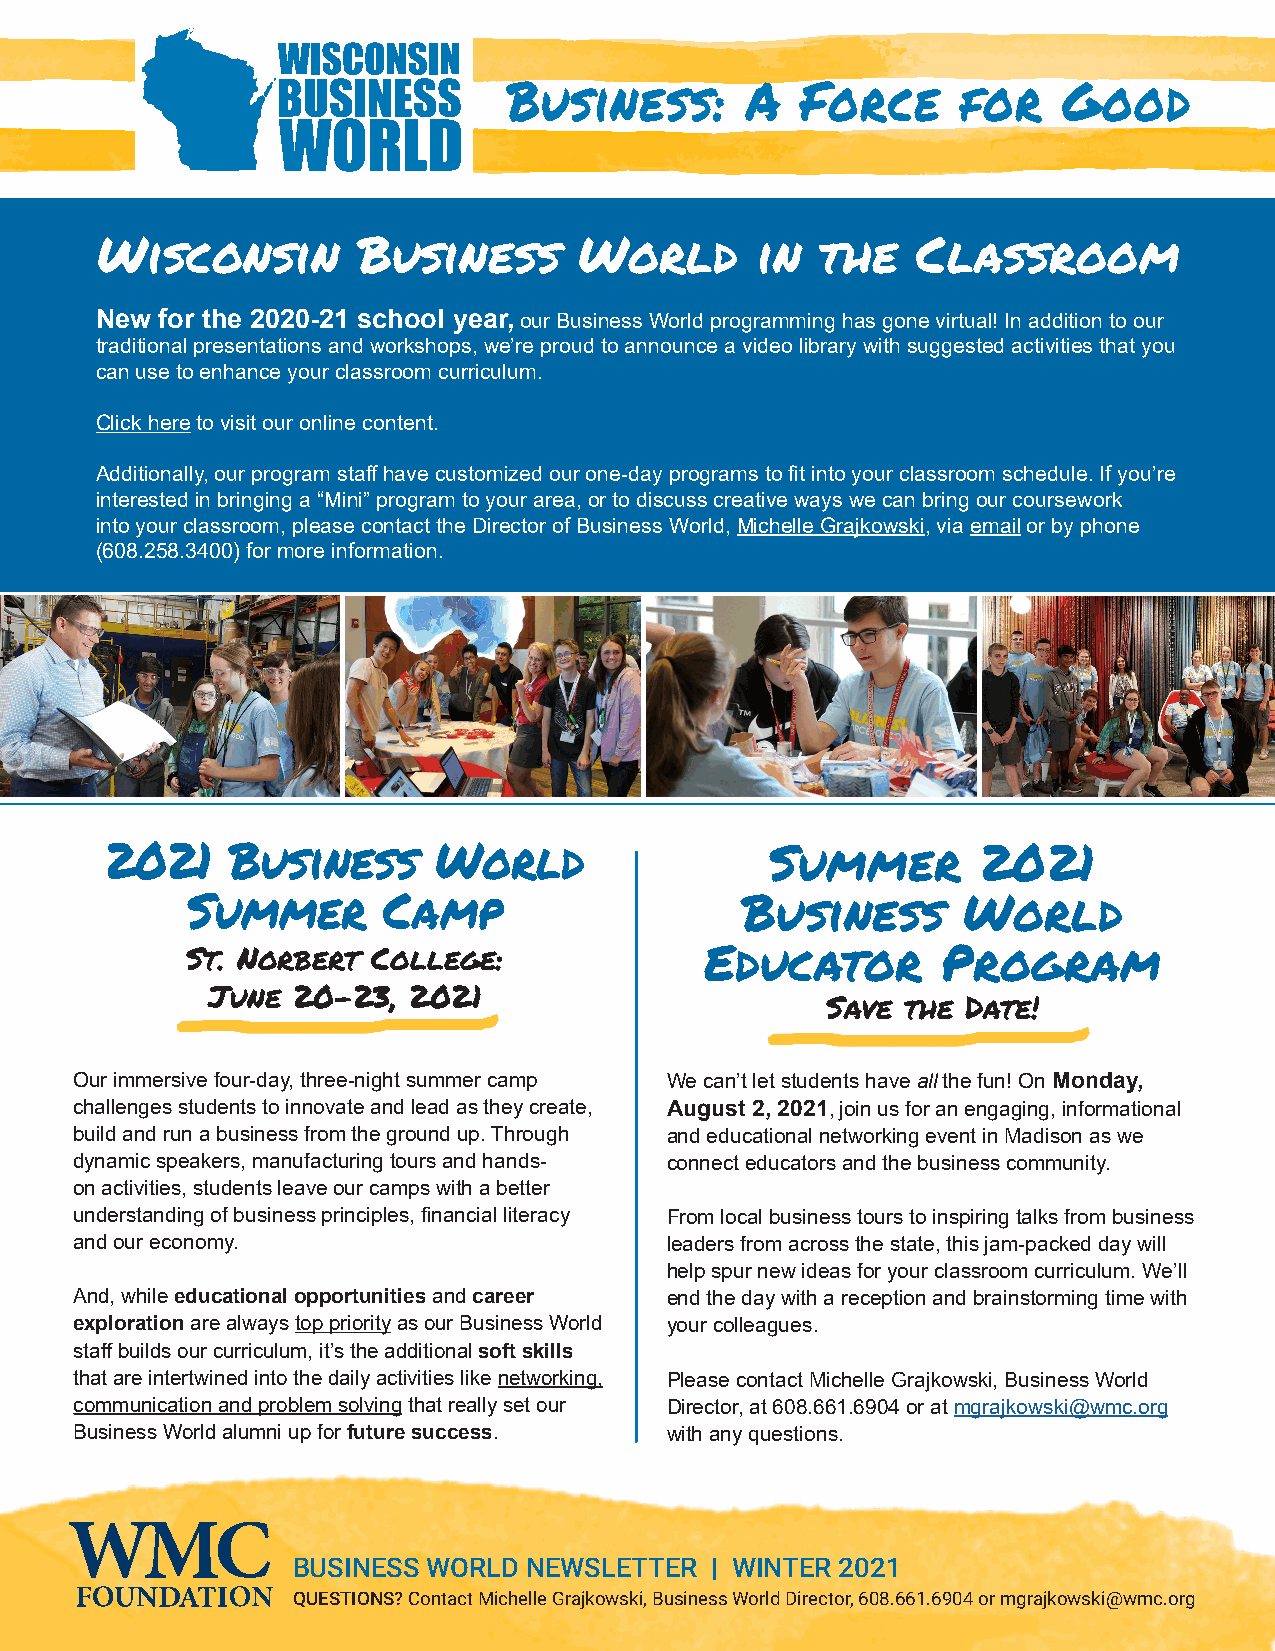
Business:      A   Force      for   Good
 Wisconsin         Business      World       in  the    Classroom
 New  for the 2020-21 school year, our Business World programming has gone virtual! In addition to our
 traditional presentations and workshops, we’re proud to announce a video library with suggested activities that you
 can use to enhance your classroom curriculum.
 Click here to visit our online content.
 Additionally, our program staff have customized our one-day programs to fit into your classroom schedule. If you’re
 interested in bringing a “Mini” program to your area, or to discuss creative ways we can bring our coursework
 into your classroom, please contact the Director of Business World, Michelle Grajkowski, via email or by phone
 (608.258.3400) for more information.
 2021    Business      World                 Summer        2021
 Summer       Camp                    Business       World
 St. Norbert  College:              Educator       Program
 June 20-23,  2021
 Save the Date!
 Our immersive four-day, three-night summer camp We can’t let students have all the fun! On Monday,
 challenges students to innovate and lead as they create, August 2, 2021, join us for an engaging, informational
 build and run a business from the ground up. Through and educational networking event in Madison as we
 dynamic speakers, manufacturing tours and hands- connect educators and the business community.
 on activities, students leave our camps with a better
 understanding of business principles, financial literacy From local business tours to inspiring talks from business
 and our economy.                       leaders from across the state, this jam-packed day will
 help spur new ideas for your classroom curriculum. We’ll
 And, while educational opportunities and career end the day with a reception and brainstorming time with
 exploration are always top priority as our Business World your colleagues.
 staff builds our curriculum, it’s the additional soft skills
 that are intertwined into the daily activities like networking, Please contact Michelle Grajkowski, Business World
 communication and problem solving that really set our Director, at 608.661.6904 or at mgrajkowski@wmc.org
 Business World alumni up for future success. with any questions.
 BUSINESS WORLD  NEWSLETTER  | WINTER 2021
 QUESTIONS? Contact Michelle Grajkowski, Business World Director, 608.661.6904 or mgrajkowski@wmc.org